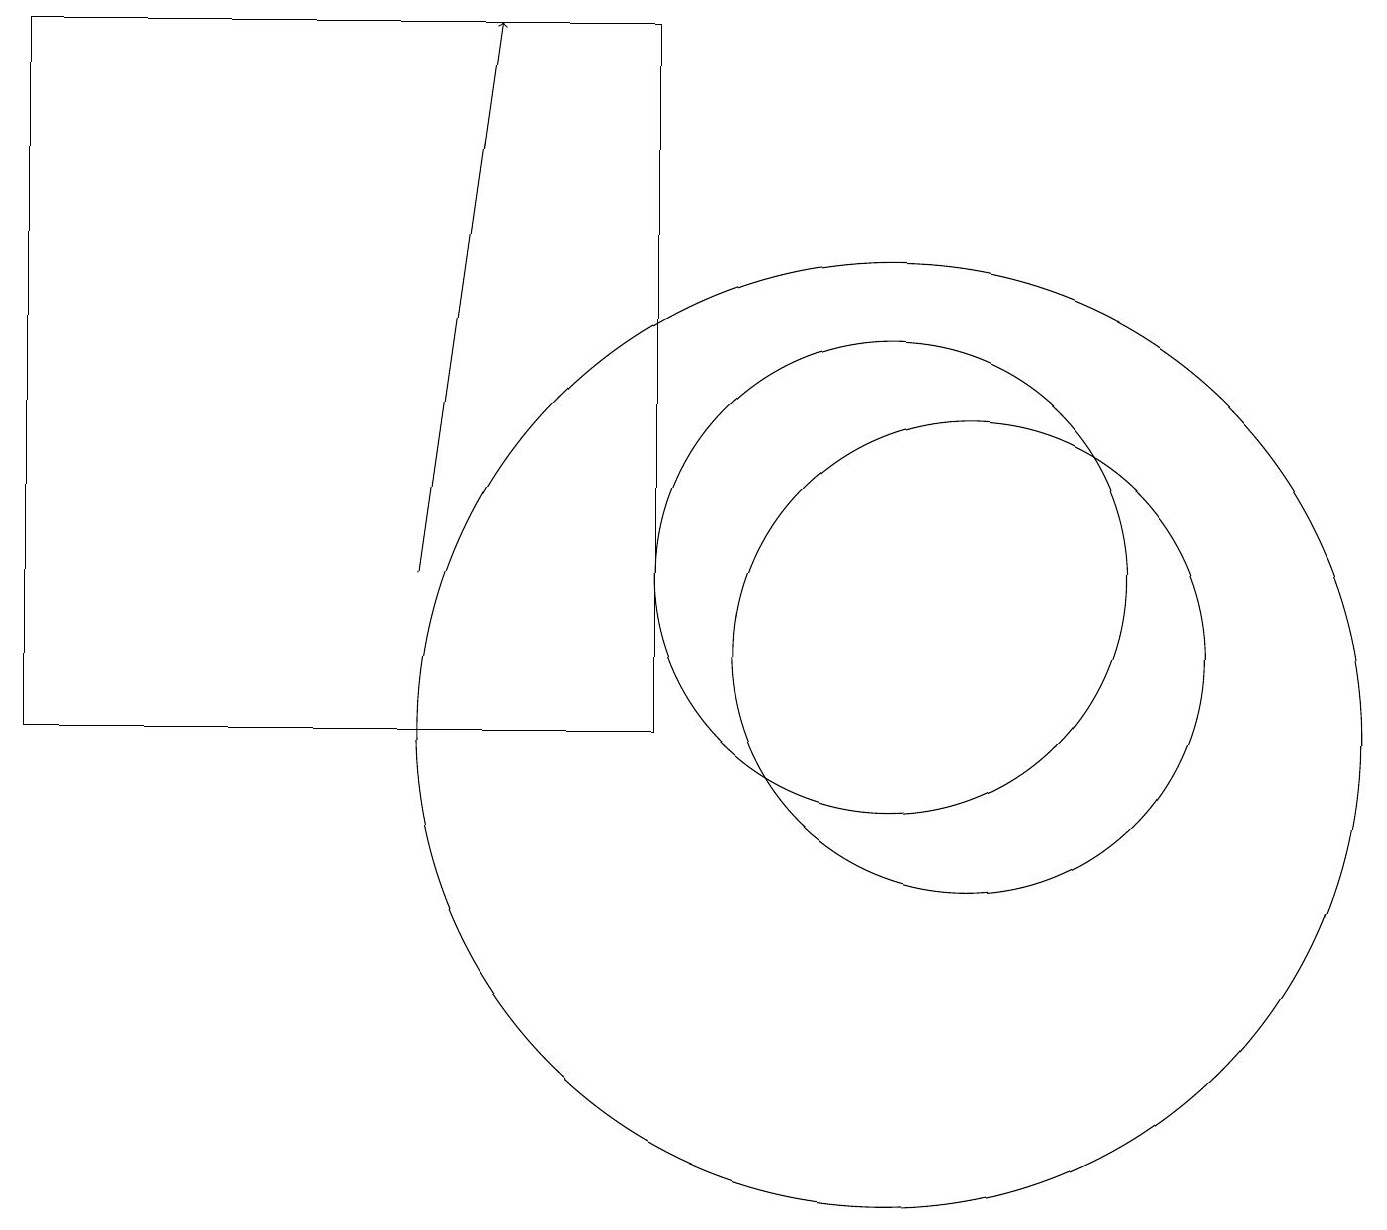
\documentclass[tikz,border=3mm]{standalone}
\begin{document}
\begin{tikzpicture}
\draw (11,10) circle (6);
\draw (12,11) circle (3);
\draw[->] (5,12) -- (6,19);
\draw (11,12) circle (3);
\draw (8,10) rectangle (0,19);
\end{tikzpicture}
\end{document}